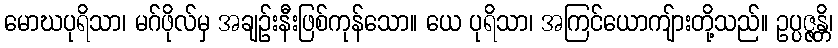
မောဃပုရိသာ၊ မဂ်ဖိုလ်မှ အချဉ်းနီးဖြစ်ကုန်သော။ ယေ ပုရိသာ၊ အကြင်ယောကျ်ားတို့သည်။ ဥပ္ပဇ္ဇန္တိ၊